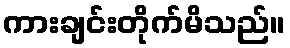
ကားချင်းတိုက်မိသည်။